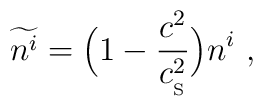
\widetilde{n^i}=\Big(1-{c^2\over c_{_{\rm S}}^2}\Big)n^i \ ,